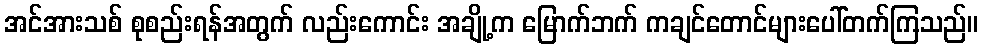
အင်အားသစ် စုစည်းရန်အတွက် လည်းကောင်း အချို့က မြောက်ဘက် ကချင်တောင်များပေါ်တက်ကြသည်။